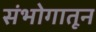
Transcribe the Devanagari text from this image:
संभोगातून